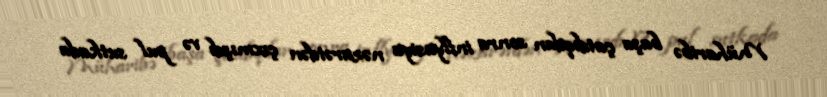
Müharibə başa çatdıqdan sonra inflyasiya nəzarətdən çıxmışdı və pul sutkada